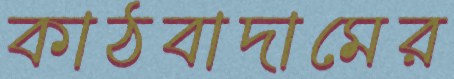
কাঠবাদামের